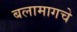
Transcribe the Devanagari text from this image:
बलामागचे